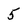
Character: 5